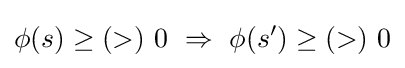
\phi (s)\geq (>)\ 0\ \Rightarrow \ \phi (s')\geq (>)\ 0